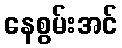
နေစွမ်းအင်